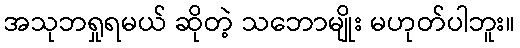
အသုဘရှုရမယ် ဆိုတဲ့ သဘောမျိုး မဟုတ်ပါဘူး။